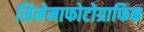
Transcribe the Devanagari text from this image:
सिनेमाफोटोग्राफिक